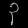
Digit: ၃